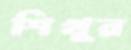
শিখুর